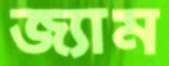
জ্যাম